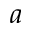
a